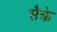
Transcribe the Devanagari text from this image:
सैक्रे